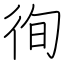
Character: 徇